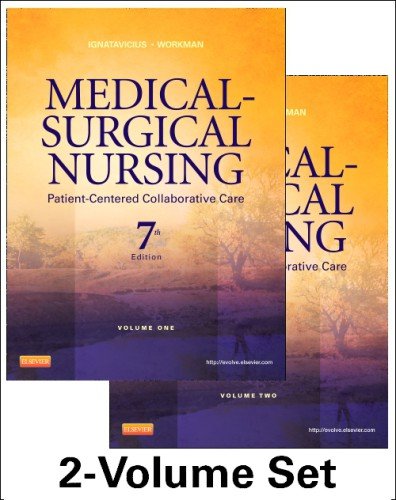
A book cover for Medical-Surgical Nursing: Patient-Centered Collaborative Care, 7th Edition (2 Volumes); Donna D. Ignatavicius MS  RN  ANEF; Medical Books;